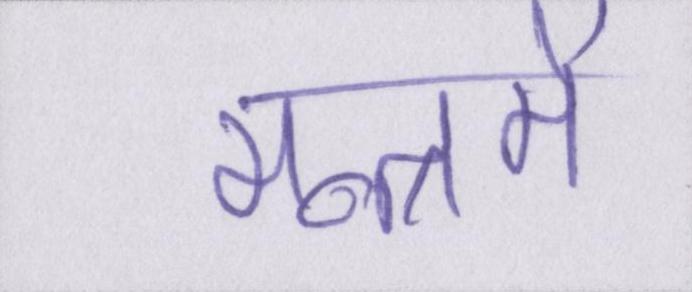
मन्त्रमें